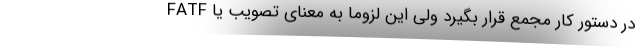
FATF در دستور کار مجمع قرار بگیرد ولی این لزوما به معنای تصویب یا